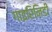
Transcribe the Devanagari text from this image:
गाइरिनिडी